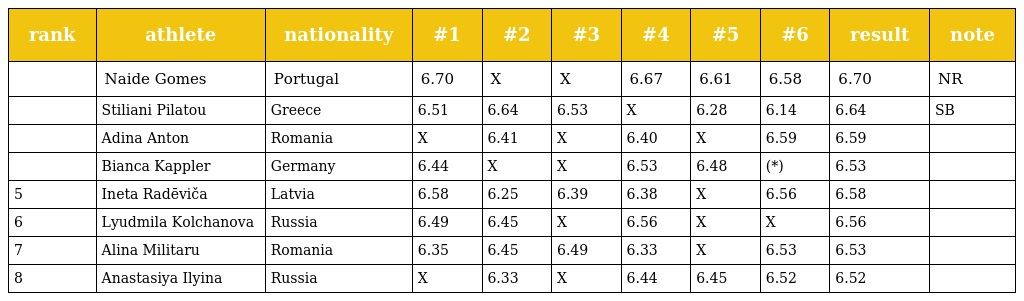
| rank | athlete | nationality | #1 | #2 | #3 | #4 | #5 | #6 | result | note |
 | --- | --- | --- | --- | --- | --- | --- | --- | --- | --- | --- |
 |  | Naide Gomes | Portugal | 6.70 | X | X | 6.67 | 6.61 | 6.58 | 6.70 | NR |
 |  | Stiliani Pilatou | Greece | 6.51 | 6.64 | 6.53 | X | 6.28 | 6.14 | 6.64 | SB |
 |  | Adina Anton | Romania | X | 6.41 | X | 6.40 | X | 6.59 | 6.59 |  |
 |  | Bianca Kappler | Germany | 6.44 | X | X | 6.53 | 6.48 | (*) | 6.53 |  |
 | 5 | Ineta Radēviča | Latvia | 6.58 | 6.25 | 6.39 | 6.38 | X | 6.56 | 6.58 |  |
 | 6 | Lyudmila Kolchanova | Russia | 6.49 | 6.45 | X | 6.56 | X | X | 6.56 |  |
 | 7 | Alina Militaru | Romania | 6.35 | 6.45 | 6.49 | 6.33 | X | 6.53 | 6.53 |  |
 | 8 | Anastasiya Ilyina | Russia | X | 6.33 | X | 6.44 | 6.45 | 6.52 | 6.52 |  |